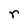
Character: r